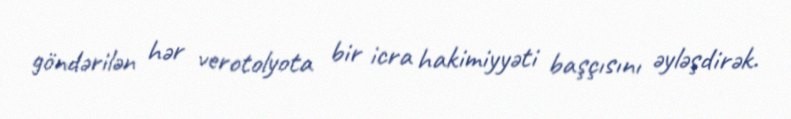
göndərilən hər verotolyota bir icra hakimiyyəti başçısını əyləşdirək.